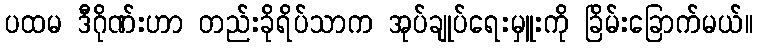
ပထမ ဒီဂိုဏ်းဟာ တည်းခိုရိပ်သာက အုပ်ချုပ်ရေးမှူးကို ခြိမ်းခြောက်မယ်။